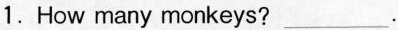
1.How many monkeys? ___.